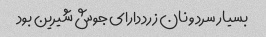
بسیار سرد و نان زرد دارای جوش شیرین بود